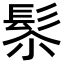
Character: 𩬯